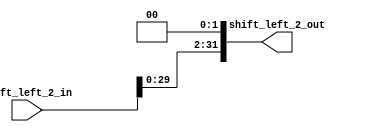
`timescale 10ns / 1ns

	
`define OUTPUT_WIDTH 32
	
module shift_left_2(
	input [31:0]shift_left_2_in,
	output [31:0]shift_left_2_out
);
	
	assign shift_left_2_out={shift_left_2_in[29:0],2'b00};
	
endmodule